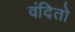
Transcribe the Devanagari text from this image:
वंदितो